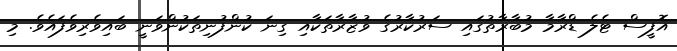
އޮފީސް ޓެލެ ޑްރާމާ މުބާރާތުގައި ސަރުކާރުގެ ވުޒާރާތަކާއި ގިނަ ކުންފުނިތަކުންވަނީ ބައިވެރިވެފައެވެ. މި